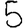
Digit: 5